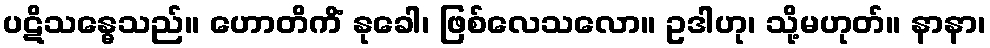
ပဋိသန္ဓေသည်။ ဟောတိကိံ နုခေါ၊ ဖြစ်လေသလော။ ဥဒါဟု၊ သို့မဟုတ်။ နာနာ၊